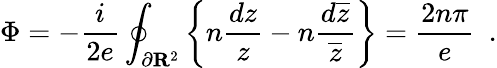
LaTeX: \Phi=-\frac{i}{2e}\oint_{\partial\mathbf R^{2}\mit}\left\{ n\frac{dz}{z}-n\frac{d\overline{{{z}}}}{\overline{{{z}}}}\right\} =\frac{2n\pi}{e}~~.